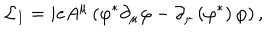
{ \cal L } _ { I } = i e A ^ { \mu } \left( \varphi ^ { \ast } \partial _ { \mu } \varphi - \partial _ { \mu } \left( \varphi ^ { \ast } \right) \varphi \right) ,